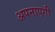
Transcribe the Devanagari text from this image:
अपनाएगी